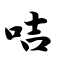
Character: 咭